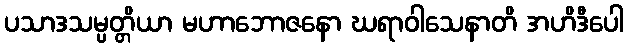
ပသာဒသမ္ပတ္တိယာ မဟာဘောဇနော ဃရာဝါသေနာတိ အဟိဒီပေါ